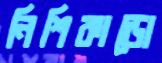
নিশিকাডো